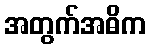
အတွက်အဓိက